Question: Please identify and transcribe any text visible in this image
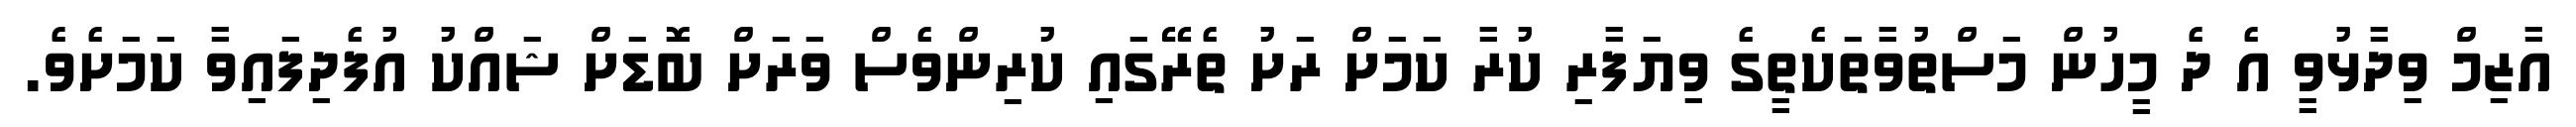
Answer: އާޒިމް ވިދާޅުވީ އެ ދެ މީހުން މަސްތުވާތަކެތީގެ ވިޔަފާރި ކުރާ ކަމަށް ރަށު ތެރޭގައި ކުރިންވެސް ވަރަށް ބޮޑަށް ޝައްކު އުފެދިފައިވާ ކަމަށެވެ.